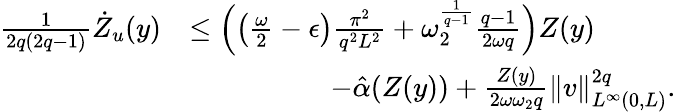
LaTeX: \begin{array}{rl}{\frac{1}{2q(2q-1)}\dot{Z}_{u}(y)}&{\leq\Big(\big(\frac{\omega}{2}-\epsilon\big)\frac{\pi^{2}}{q^{2}L^{2}}+\omega_{2}^{\frac{1}{q-1}}\frac{q-1}{2\omega q}\Big)Z(y)}\\ &{\quad\qquad\qquad-\hat{\alpha}(Z(y))+\frac{Z(y)}{2\omega\omega_{2}q}\| v\| _{L^{\infty}(0,L)}^{2q}.}\end{array}